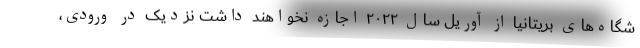
شگاه‌های بریتانیا از آوریل سال ۲۰۲۲ اجازه نخواهند داشت نزدیک در ورودی،